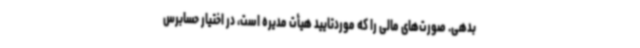
بدهی. صورت‌های مالی را که موردتایید هیأت مدیره است، در اختیار حسابرس